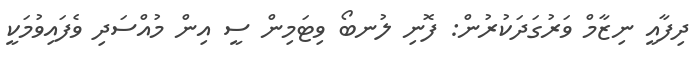
ދިފާއީ ނިޒާމް ވަރުގަދަކުރުން: ފޮނި ލުނބޯ ވިޓަމިން ސީ އިން މުއްސަދި ވެފައިވުމަކީ